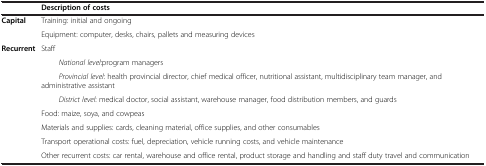
|  | Description of costs |
 | --- | --- |
 | Capital | Training: initial and ongoing |
 |  | Equipment: computer, desks, chairs, pallets and measuring devices |
 | Recurrent | Staff |
 |  | National level:program managers |
 |  | Provincial level: health provincial director, chief medical officer, nutritional assistant, multidisciplinary team manager, and administrative assistant |
 |  | District level: medical doctor, social assistant, warehouse manager, food distribution members, and guards |
 |  | Food: maize, soya, and cowpeas |
 |  | Materials and supplies: cards, cleaning material, office supplies, and other consumables |
 |  | Transport operational costs: fuel, depreciation, vehicle running costs, and vehicle maintenance |
 |  | Other recurrent costs: car rental, warehouse and office rental, product storage and handling and staff duty travel and communication |